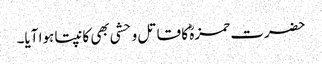
حضرت حمزہؓ کا قاتل وحشی بھی کانپتا ہوا آیا۔